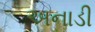
અનાડી